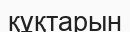
құқтарын